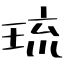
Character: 琉